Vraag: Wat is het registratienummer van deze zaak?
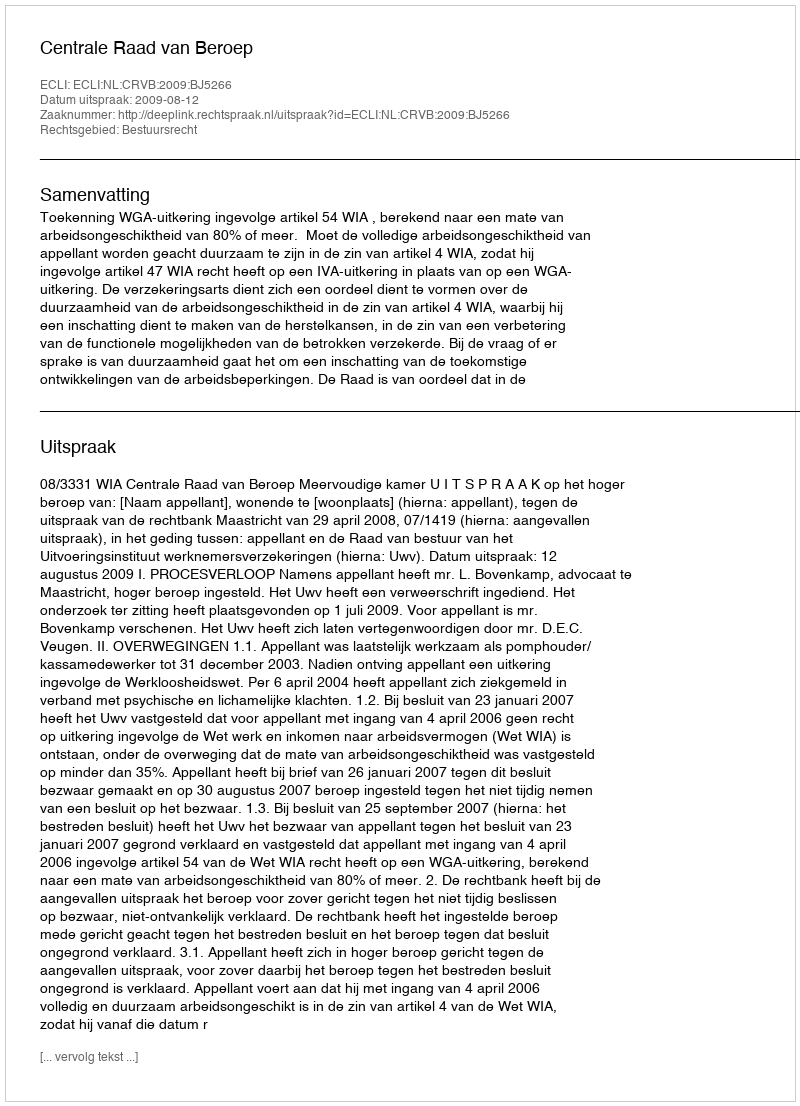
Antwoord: http://deeplink.rechtspraak.nl/uitspraak?id=ECLI:NL:CRVB:2009:BJ5266